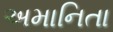
અમાનિતા